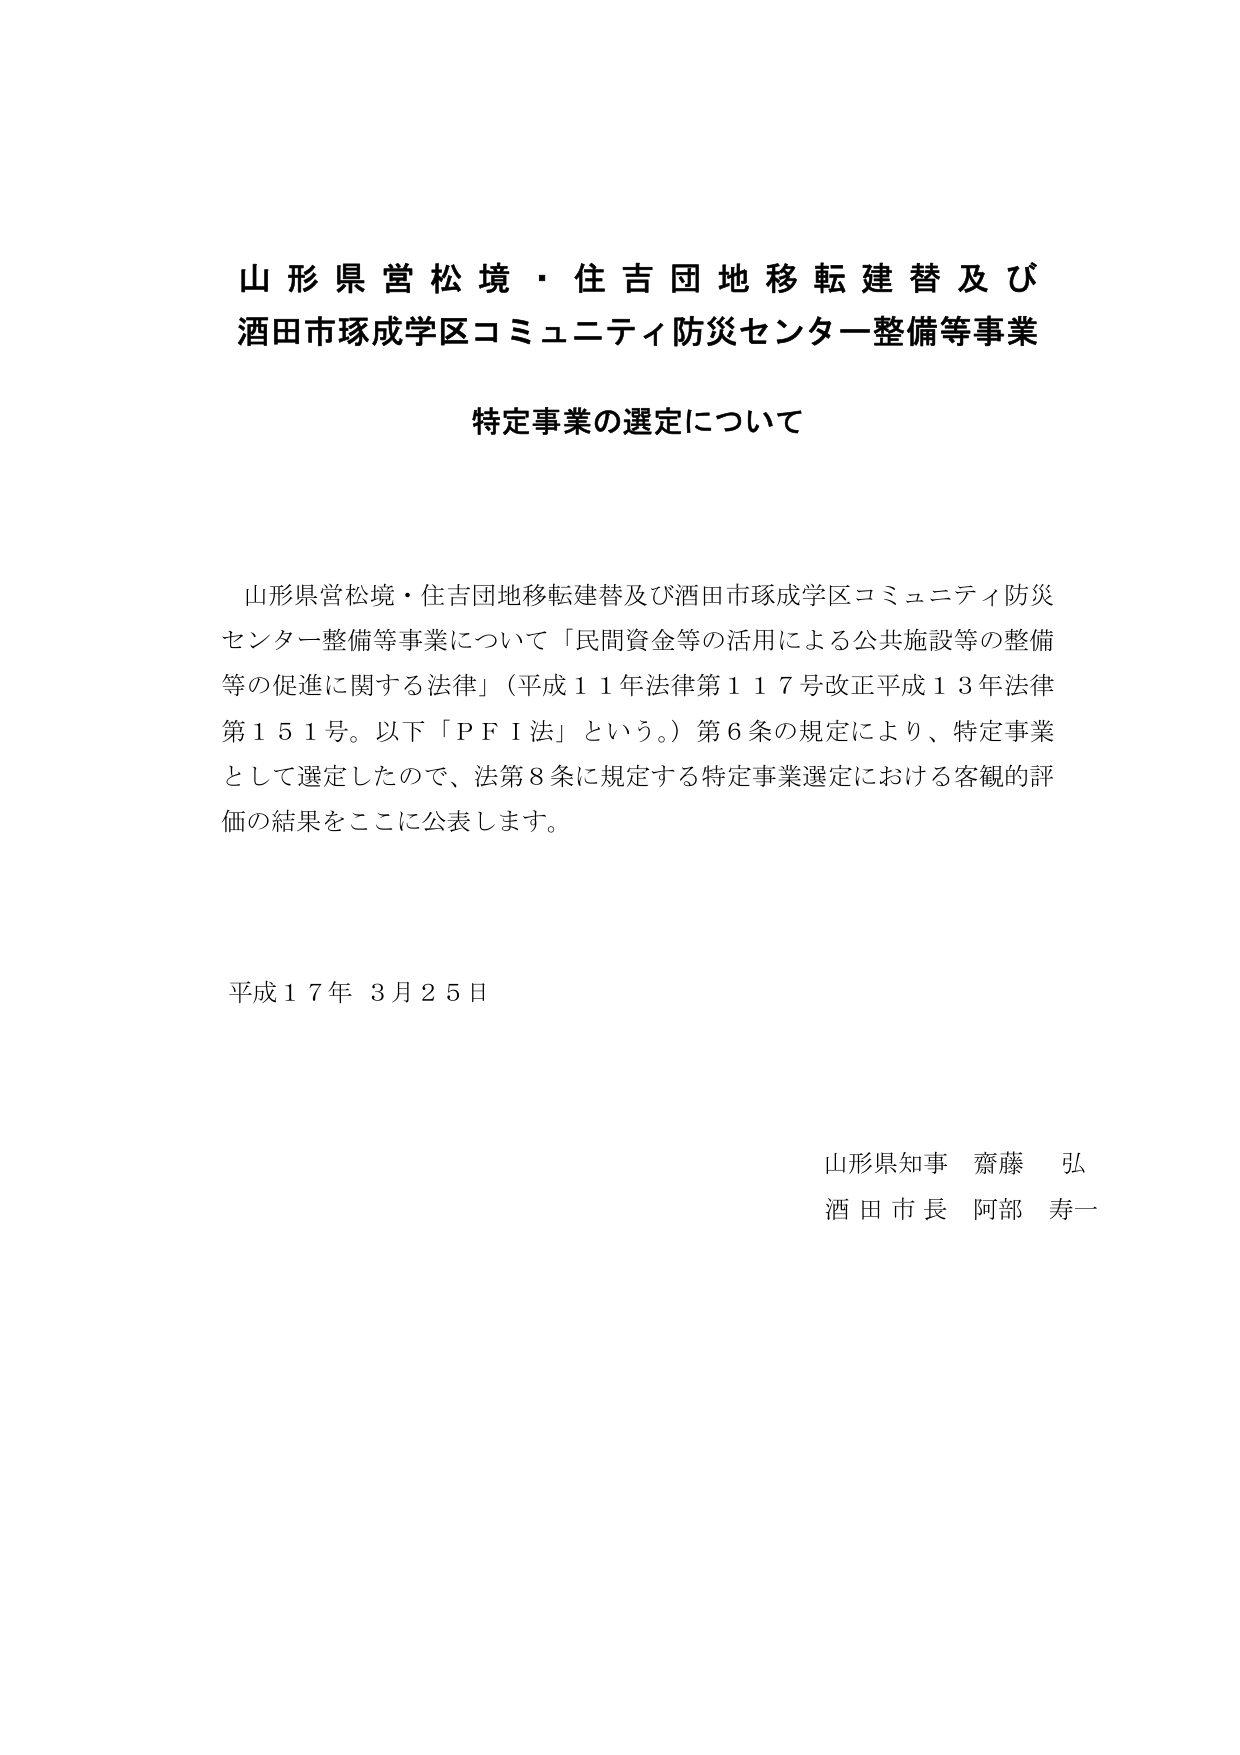
山形県営松境・住吉団地移転建替及び
酒田市琢成学区コミュニティ防災センター整備等事業

特定事業の選定について

山形県営松境・住吉団地移転建替及び酒田市琢成学区コミュニティ防災
センター整備等事業について「民間資金等の活用による公共施設等の整備
等の促進に関する法律」（平成１１年法律第１１７号改正平成１３年法律
第１５１号。以下「ＰＦＩ法」という。）第６条の規定により、特定事業
として選定したので、法第８条に規定する特定事業選定における客観的評
価の結果をここに公表します。

平成１７年 ３月２５日

山形県知事 齋藤 弘
酒田市長 阿部 寿一